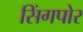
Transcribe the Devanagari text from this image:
सिंगपोर